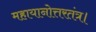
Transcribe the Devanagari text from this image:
महायानोत्तरतंत्र।